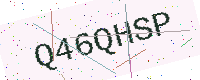
Text: Q46QHSP